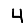
Digit: 4